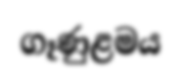
ගෑණුළමය